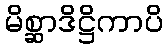
မိစ္ဆာဒိဋ္ဌိကာပိ